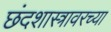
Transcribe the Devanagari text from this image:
छंदशास्त्रावरच्या